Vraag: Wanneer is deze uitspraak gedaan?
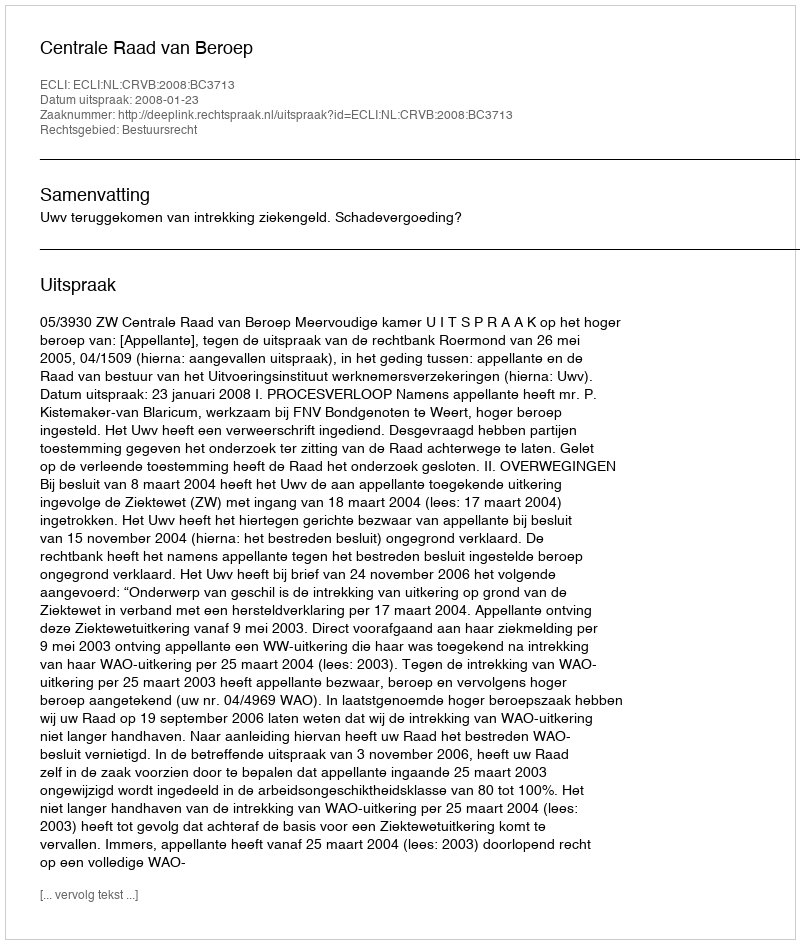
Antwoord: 2008-01-23